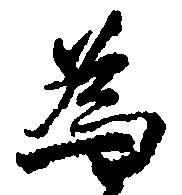
為